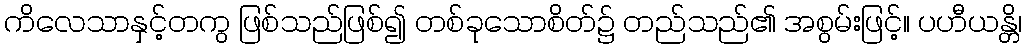
ကိလေသာနှင့်တကွ ဖြစ်သည်ဖြစ်၍ တစ်ခုသောစိတ်၌ တည်သည်၏ အစွမ်းဖြင့်။ ပဟီယန္တိ၊